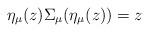
LaTeX: \begin{align*}\eta_{\mu}(z)\Sigma_{\mu}(\eta_{\mu}(z))=z\end{align*}